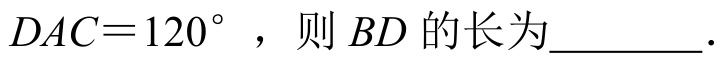
\(DAC = 120^{\circ}\)，则\(BD\)的长为\(\underline{\quad\quad}\).